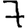
Digit: 7